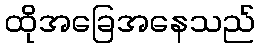
ထိုအခြေအနေသည်